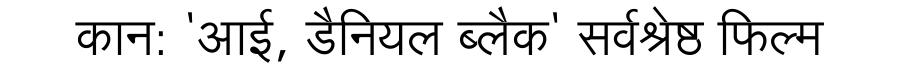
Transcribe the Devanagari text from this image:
कान: 'आई, डैनियल ब्लैक' सर्वश्रेष्ठ फिल्म